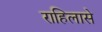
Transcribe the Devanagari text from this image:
राहिलासे